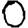
Digit: 0